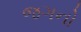
જગનો